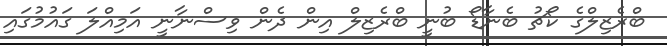
ބްރެޒިލްގެ ކޯޗު ބެނާޑޯ ބުނީ ބްރެޒިލް އިން ދެން ވިސްނާނީ އަމިއްލަ ގައުމުގައި